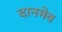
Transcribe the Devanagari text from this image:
दानमेव